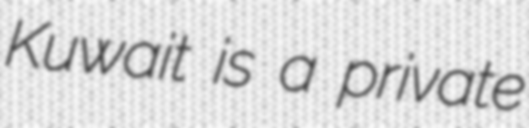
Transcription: Kuwait is a private